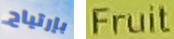
بإرتياح Fruit